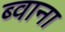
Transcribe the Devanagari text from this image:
ब्वाना